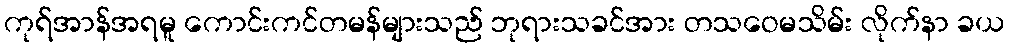
ကုရ်အာန်အရမူ ကောင်းကင်တမန်များသည် ဘုရားသခင်အား တသဝေမသိမ်း လိုက်နာ ခယ